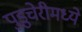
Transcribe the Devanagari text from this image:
पुडुचेरीमध्ये